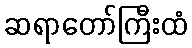
ဆရာတော်ကြီးထံ